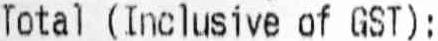
TOTAL (INCLUSIVE OF GST):